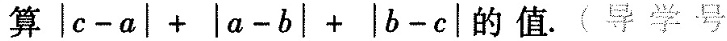
算$$|c-a|+|a-b|+|b-c|$$的值。(导学号